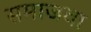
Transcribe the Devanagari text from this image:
समाजवा